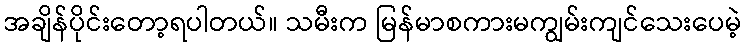
အချိန်ပိုင်းတော့ရပါတယ်။ သမီးက မြန်မာစကားမကျွမ်းကျင်သေးပေမဲ့